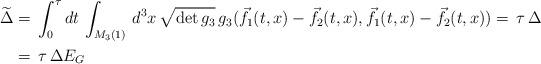
LaTeX: \begin{align*}\widetilde{\Delta} & =\,\int^\tau_0 dt \,\int_{M_3(1)}\,d^3 x\,\sqrt{\det g_3}\,g_3(\vec{f}_1(t,x)-\vec{f}_2(t,x),\vec{f}_1(t,x)-\vec{f}_2(t,x)) =\,\tau\,\Delta\\& =\,\tau\,\Delta E_G\end{align*}